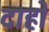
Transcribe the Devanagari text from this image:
दाहों